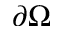
\partial \Omega